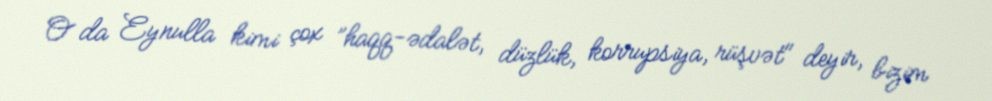
O da Eynulla kimi çox ”haqq-ədalət, düzlük, korrupsiya, rüşvət" deyir, bizim